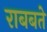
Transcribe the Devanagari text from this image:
राबबते